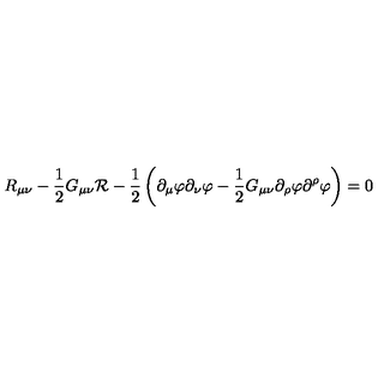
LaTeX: R _ { \mu \nu } - \frac { 1 } { 2 } G _ { \mu \nu } { \cal R } - \frac { 1 } { 2 } \left( \partial _ { \mu } \varphi \partial _ { \nu } \varphi - \frac { 1 } { 2 } G _ { \mu \nu } \partial _ { \rho } \varphi \partial ^ { \rho } \varphi \right) = 0